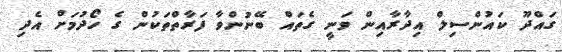
ގައްދޫ ކައުންސިލް އިދާރާއިން ވަނީ ގެތައް ބޭނުންވާ ފަރާތްތަކުން ގެ ހޯދުމަށް އެދި